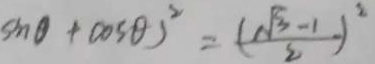
\sin \theta + \cos \theta ) ^ { 2 } = ( \frac { \sqrt { 3 } - 1 } { 2 } ) ^ { 2 }